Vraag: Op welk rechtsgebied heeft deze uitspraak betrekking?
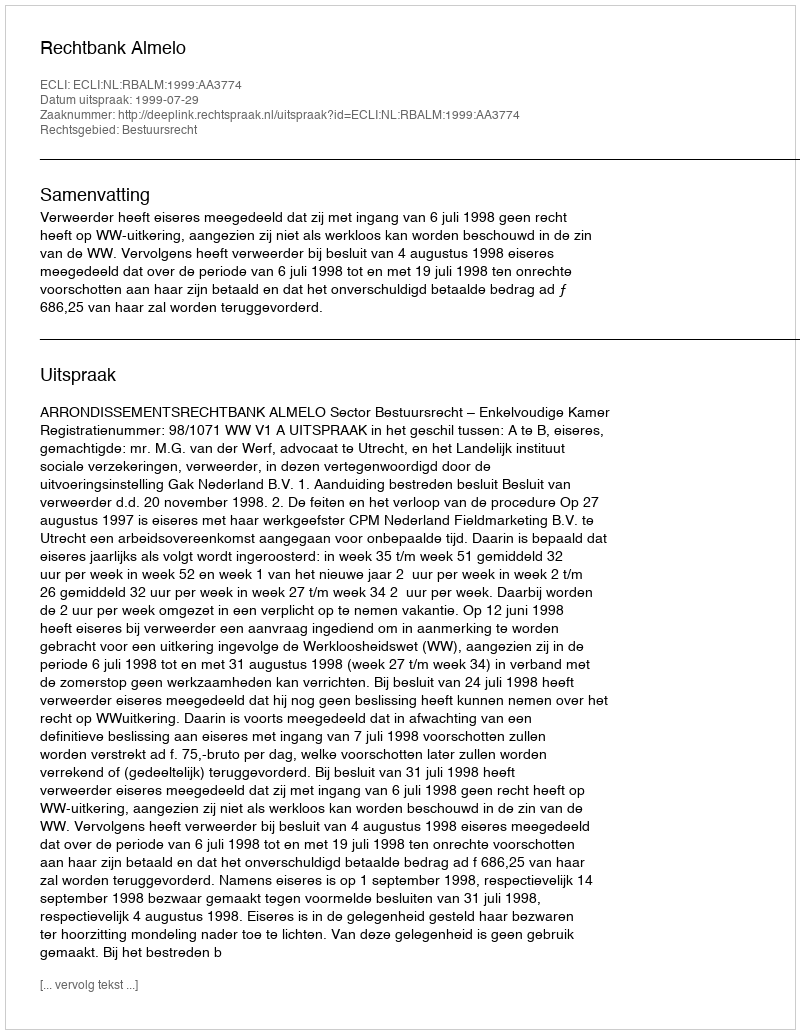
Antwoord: Bestuursrecht